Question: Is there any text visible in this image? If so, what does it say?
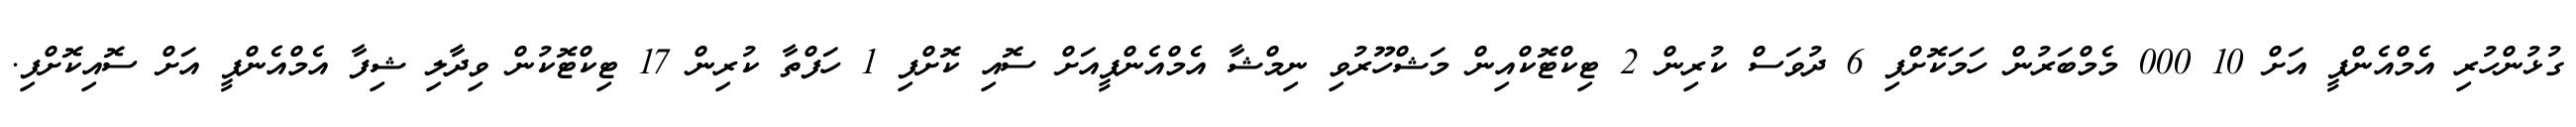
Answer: ގުޅުންހުރި އެމްއެންޕީ އަށް 10 000 މެމްބަރުން ހަމަކޮށްފި 6 ދުވަސް ކުރިން 2 ޓިކްޓޮކްއިން މަޝްހޫރުވި ނިމްޝާ އެމްއެންޕީއަށް ސޮއި ކޮށްފި 1 ހަފްތާ ކުރިން 17 ޓިކްޓޮކުން ވިދާލި ޝިފާ އެމްއެންޕީ އަށް ސޮއިކޮށްފި.